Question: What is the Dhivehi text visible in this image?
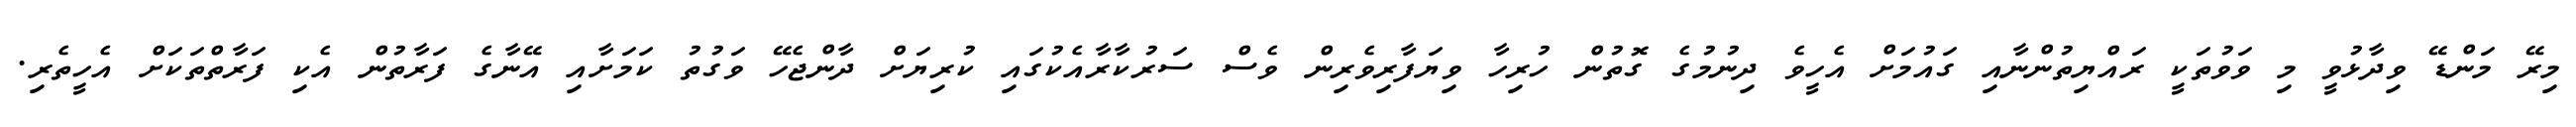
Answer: މިރޭ މަންޑޭ ވިދާޅުވީ މި ވަވުތަކީ ރައްޔިތުންނާއި ގައުމަށް އެހީވެ ދިނުމުގެ ގޮތުން ހުރިހާ ވިޔަފާރިވެރިން ވެސް ސަރުކާރާއެކުގައި ކުރިޔަށް ދާންޖެހޭ ވަގުތު ކަމަށާއި އޭނާގެ ފަރާތުން އެކި ފަރާތްތަކަށް އެހީތެރި.